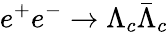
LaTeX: e^{+}e^{-}\to\Lambda_{c}\bar{\Lambda}_{c}